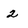
Character: 2